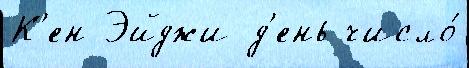
К'ен Эйджи д'ень число́